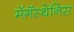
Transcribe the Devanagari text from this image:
मॅगॅस्थेनिस